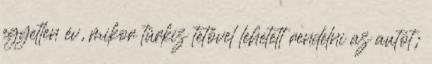
egyetlen év, mikor türkiz tetővel lehetett rendelni az autót;